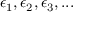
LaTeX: \epsilon _ { 1 } , \epsilon _ { 2 } , \epsilon _ { 3 } , . . .